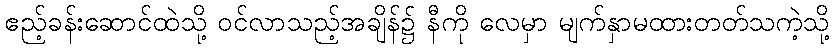
ဧည့်ခန်းဆောင်ထဲသို့ ဝင်လာသည့်အချိန်၌ နီကို လေမှာ မျက်နှာမထားတတ်သကဲ့သို့